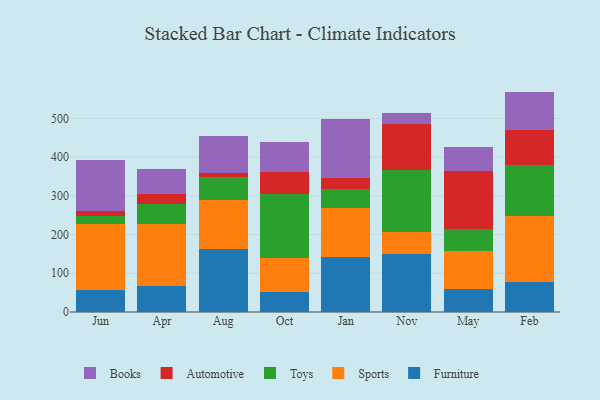
{"axis": {"x": "Month", "y": "Tickets Resolved"}, "legend": ["Automotive", "Books", "Furniture", "Sports", "Toys"], "data": [{"x": "Jun", "y": 55.7, "type": "Furniture"}, {"x": "Jun", "y": 172.5, "type": "Sports"}, {"x": "Jun", "y": 20.0, "type": "Toys"}, {"x": "Jun", "y": 12.3, "type": "Automotive"}, {"x": "Jun", "y": 132.3, "type": "Books"}, {"x": "Apr", "y": 66.6, "type": "Furniture"}, {"x": "Apr", "y": 161.9, "type": "Sports"}, {"x": "Apr", "y": 50.9, "type": "Toys"}, {"x": "Apr", "y": 25.3, "type": "Automotive"}, {"x": "Apr", "y": 65.1, "type": "Books"}, {"x": "Aug", "y": 163.3, "type": "Furniture"}, {"x": "Aug", "y": 124.8, "type": "Sports"}, {"x": "Aug", "y": 61.0, "type": "Toys"}, {"x": "Aug", "y": 9.4, "type": "Automotive"}, {"x": "Aug", "y": 96.7, "type": "Books"}, {"x": "Oct", "y": 52.6, "type": "Furniture"}, {"x": "Oct", "y": 87.8, "type": "Sports"}, {"x": "Oct", "y": 165.4, "type": "Toys"}, {"x": "Oct", "y": 56.9, "type": "Automotive"}, {"x": "Oct", "y": 77.1, "type": "Books"}, {"x": "Jan", "y": 140.9, "type": "Furniture"}, {"x": "Jan", "y": 126.7, "type": "Sports"}, {"x": "Jan", "y": 50.3, "type": "Toys"}, {"x": "Jan", "y": 27.9, "type": "Automotive"}, {"x": "Jan", "y": 152.7, "type": "Books"}, {"x": "Nov", "y": 150.4, "type": "Furniture"}, {"x": "Nov", "y": 56.3, "type": "Sports"}, {"x": "Nov", "y": 160.7, "type": "Toys"}, {"x": "Nov", "y": 118.2, "type": "Automotive"}, {"x": "Nov", "y": 28.0, "type": "Books"}, {"x": "May", "y": 59.9, "type": "Furniture"}, {"x": "May", "y": 97.9, "type": "Sports"}, {"x": "May", "y": 56.3, "type": "Toys"}, {"x": "May", "y": 148.8, "type": "Automotive"}, {"x": "May", "y": 63.8, "type": "Books"}, {"x": "Feb", "y": 77.8, "type": "Furniture"}, {"x": "Feb", "y": 171.0, "type": "Sports"}, {"x": "Feb", "y": 129.8, "type": "Toys"}, {"x": "Feb", "y": 91.9, "type": "Automotive"}, {"x": "Feb", "y": 98.6, "type": "Books"}]}